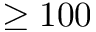
\geq 1 0 0